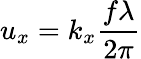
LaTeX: {{u}_{x}}={{k}_{x}}\frac{f\lambda}{2\pi}